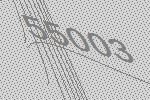
55003